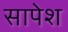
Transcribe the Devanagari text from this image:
सापेश